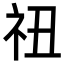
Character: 𬒰